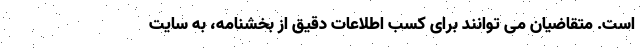
است. متقاضیان می توانند برای کسب اطلاعات دقیق از بخشنامه،‌ به سایت